Civil Veterinary Department. United Provinces 1932-42 - 1932-1942
Year: 1932
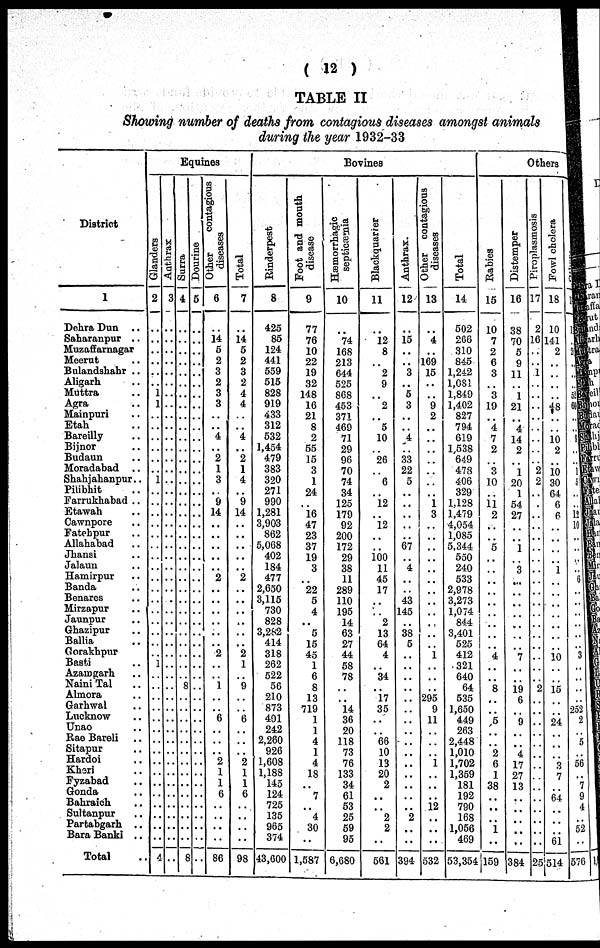
(12)
TABLE II
Showing number of deaths from contagious diseases amongst animals
during the year 1932-33
District
1
Dehra Dun ..
saharanpur ..
Muzaffarnagar
Meerut ..
Bulandshahr ..
Aligarh ..
Muttra ..
Agra ..
Mainpuri ..
Etah ..
Bareilly ..
Bijnor ..
Budaun ..
Moradadad ..
Shahjahanpur..
Pilibhit ..
Farrukhabad ..
Etawah ..
Cawnpore ..
Fatehpur ..
Allahabad ..
Jhansi ..
Jalaun ..
Hamirpur ..
Banda ..
Benares ..
Mirzapur ..
Jaunpur ..
Ghazipur ..
Ballia ..
Gorakhpur
Basti
Azamgarh ..
Naini Tal ..
Almora ..
Garhwal ..
Lucknow .
Unso ..
Rae Bareli ..
Sitapur ..
Hardoi ..
Kheri ..
Fyzabad ..
Gonds ..
Bahraich ..
Sultanpur ..
Partabgarh ..
Bara Banki ..
Total
Equines
Glanders
2
..
..
..
..
..
..
1
1
..
..
..
..
..
1
..
..
..
..
..
..
..
..
..
..
..
..
..
..
..
..
1
..
..
..
..
..
..
..
..
..
..
..
.. ..
..
..
..
..
4
Anthrax
3
...
..
..
..
..
..
..
..
..
..
..
..
..
..
..
..
..
..
..
..
..
..
..
..
..
..
..
..
..
..
..
..
..
..
..
..
..
..
..
..
..
.. ..
..
..
..
..
..
Surra
4
..
..
..
..
..
..
..
..
..
..
....
..
..
..
..
..
..
..
..
..
..
..
..
..
..
..
..
..
..
..
..
..
8
..
..
..
..
..
..
..
..
.. ..
..
..
..
..
8
Dourine
5
..
..
..
..
..
..
..
..
..
..
..
..
..
..
..
..
..
..
..
..
..
..
..
..
..
..
..
..
..
..
..
..
..
..
..
..
..
..
..
.. ..
..
....
..
..
..
Other
contagious
diseases
6
..
14
5
2
3
2
3
3
..
..
4
..
2
1
3
..
9
14
..
..
..
..
..
2
..
..
..
..
..
..
2
..
1
..
..
6
..
..
..
2
1
1
6
...
..
..
..
86
Total
7
..
14
5
2
3
2
4
4
..
..
4
..
2
1
4
..
9
14
..
..
..
..
..
2
..
..
..
..
..
..
2
1
..
9
..
..
6
..
..
..
2
1
1
6
..
..
..
..
98
Bovines
Rinderpest
8
425
85
124
441
559
515
828
919
433
312
532
1,454
479
383
320
271
990
1,281
3,903
862
5,068
402
184
477
2,650
3,115
730
828
3,282
414
318
262
522
56
210
873
401
242
2.260
926
1,608
1,188
145
124
725
135
965
374
43,600
Foot and mouth
disease
9
77
76
10
22
19
32
148
16
21
8
2
55
15
3
1
24
..
16
47
23
37
19
3
..
22
5
4
..
5
15
45
1
6
8
13
719
1
1
4
1
4
18
.. 7
..
4
30
..
1,587
Hæmorrhagic
septicæmia
10
..
74
168
213
644
525
868
453
371
469
71
29
96
70
74
34
125
179
92
200
172
29
38
11
289
110
195
14
63
27
44
58
78
..
..
14
36
20
118
73
76
133
34
61
53
25
59
95
6,680
Blackquarier
11
..
12
8
..
2
9
..
2
..
5
10
26
..
6
..
12
..
12
..
..
100
11
45
17
..
..
2
13
64
4
..
34
..
17
35
..
..
66
10
13
20
2
..
..
..
..
2
2
..
561
Anthrax.
12
..
15
..
....
3
..
5
3
..
..
4
..
33
22
5
..
..
..
..
..
67
..
4
..
..
43
145
..
38
5
..
..
..
..
..
..
..
..
..
..
..
..
..
..
..
..
..
2
..
..
394
Other contagious
diseases
13
..
4
....
169
15
..
..
9
2
..
1
3
1
295
9
11
..
..
1
..
..
12
..
..
..
532
Total
14
502
266
310
845
1,242
1,081
1,849
1,402
827
794
619
1,538
649
478
406
329
1,128
1,479
4,054
1,085
5,344
550
240
533
2,978
3,273
1,074
844
3,401
525
412
321
640
64
535
1,650
449
263
2,448
1,010
1,702
1,359
181
19
790
168
1,056
46
53,354
Others
Rabies
15
10
7
2
6
3
..
3
19
..
4
7
2
..
3
10
..
11
2
..
..
5
..
..
..
..
..
..
..
..
..
4
..
..
8
..
..
5
..
..
2
6
1
38
..
..
..
..
..
1
..
159
Distemper
16
38
70
5
9
11
..
1
21
..
4
14
2
..
1
20
1
54
27
..
..
1
..
3
..
..
..
..
..
..
..
7
..
..
19
6
..
9
..
..
4
17
27
13
..
..
..
..
..
..
..
384
Piroplasmosis
17
2
16
..
..
1
..
..
..
..
..
..
..
..
2
2
..
..
..
..
..
..
..
..
..
..
..
..
..
..
..
..
..
..
9
..
..
..
..
..
..
..
..
..
..
..
..
..
..
..
..
25
Fowl cholera
18
10
141
2
..
..
..
..
48
..
..
10
2
..
10
30
64
6
6
..
..
..
..
1
..
..
..
..
..
..
..
10
..
..
15
..
..
24
..
..
3
7
..
..
..
..
61
514
..
..
..
..
..
..
31
60
..
..
..
..
..
..
..
..
..
12
10
..
..
..
..
6
..
..
..
..
..
..
3
..
..
..
..
252.
2
..
5
..
56
..
7
9
4
..
52
..
576